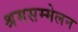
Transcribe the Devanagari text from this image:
श्रमसम्मेलन